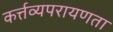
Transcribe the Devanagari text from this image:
कर्त्तव्यपरायणता